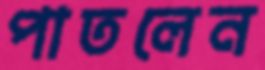
পাতলেন